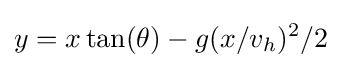
y=x\tan(\theta )-g(x/v_{h})^{2}/2